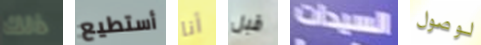
ذلك أستطيع أنا قبل السيدات لوصول